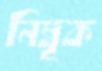
নিম্বূক